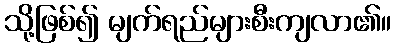
သို့ဖြစ်၍ မျက်ရည်များစီးကျလာ၏။